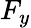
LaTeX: F_{y}